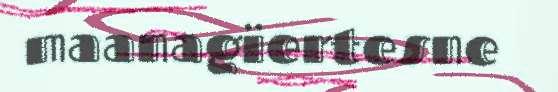
maanagïertesne